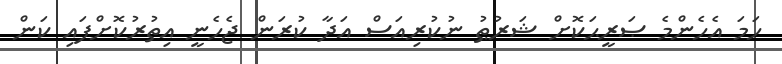
ހަމަ އެހެންމެ ޞަރީޙަކޮށް ޝަރުޠު ނުކުރިއަސް އަދާ ކުރަން ޖެހެނީ އިތުރުކޮށްފައި ކަން